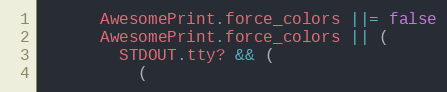
Language: Ruby
      AwesomePrint.force_colors ||= false
      AwesomePrint.force_colors || (
        STDOUT.tty? && (
          (